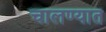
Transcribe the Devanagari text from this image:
चालण्यात